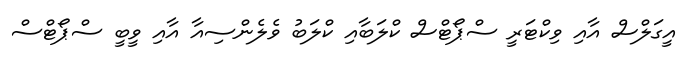
އީގަލްސް އާއި ވިކްޓަރީ ސްޕޯޓްސް ކްލަބާއި ކްލަބު ވެލެންސިއާ އާއި ވީބީ ސްޕޯޓްސް